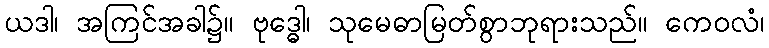
ယဒါ၊ အကြင်အခါ၌။ ဗုဒ္ဓေါ၊ သုမေဓာမြတ်စွာဘုရားသည်။ ကေဝလံ၊